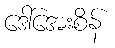
ဒေါ်အေးစိန်